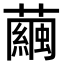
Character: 繭